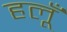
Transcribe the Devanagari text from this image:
हलूँ